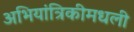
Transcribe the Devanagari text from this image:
अभियांत्रिकीमधली